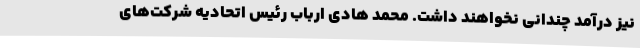
نیز درآمد چندانی نخواهند داشت. محمد هادی ارباب رئیس اتحادیه شرکت‌های